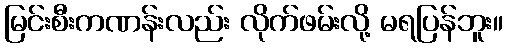
မြင်းစီးကဏန်းလည်း လိုက်ဖမ်းလို့ မရပြန်ဘူး။